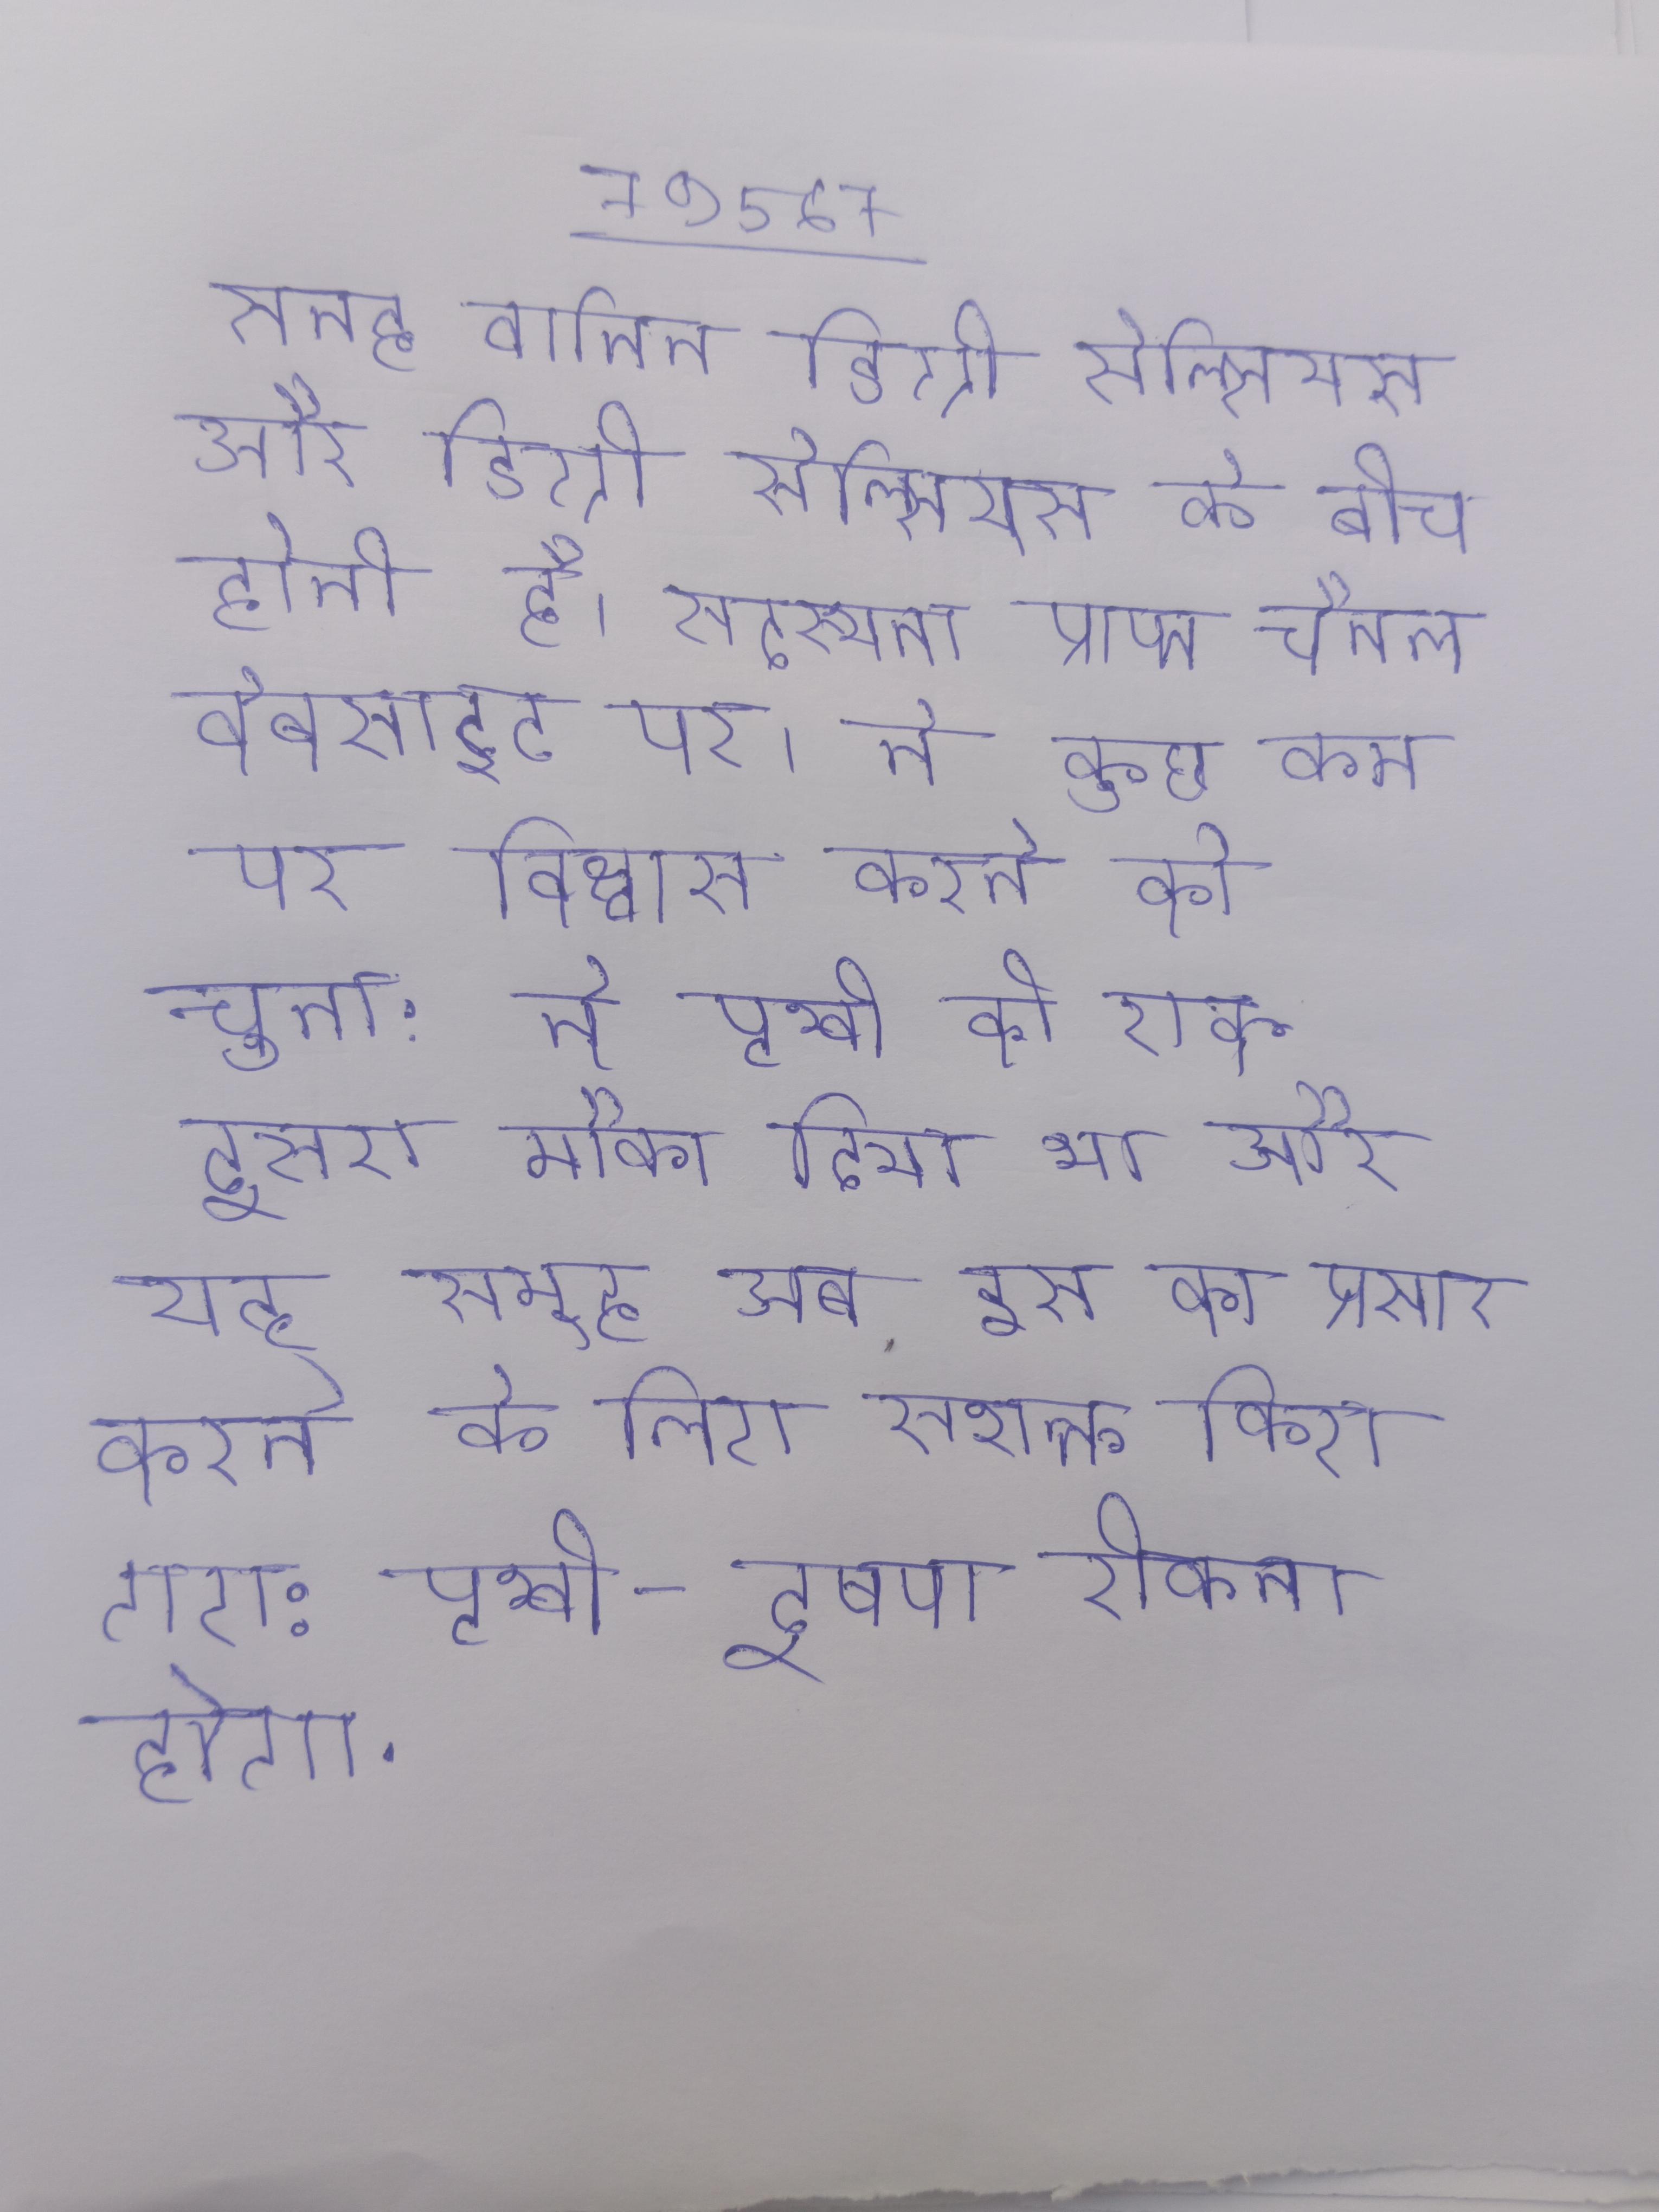
सतह वातित डिग्री सेल्सियस और डिग्री सेल्सियस के बीच होती है । सदस्यता प्राप्त चैनल वेबसाइट पर । ने कुछ कम पर विश्वास करने को चुना: ने पृथ्वी को एक दूसरा मौका दिया था और यह समूह अब इस का प्रसार करने के लिए सशक्त किए गए: पृथ्वी-दूषण रोकना होगा .